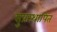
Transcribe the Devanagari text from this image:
सुप्रस्थापित